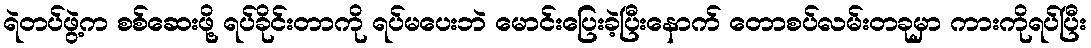
ရဲတပ်ဖွဲ့က စစ်ဆေးဖို့ ရပ်ခိုင်းတာကို ရပ်မပေးဘဲ မောင်းပြေးခဲ့ပြီးနောက် တောစပ်လမ်းတခုမှာ ကားကိုရပ်ပြီး